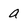
Character: a